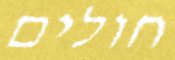
חולים